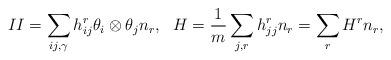
LaTeX: \begin{align*}II=\sum_{ij,\gamma}h^{r}_{ij}\theta_i\otimes\theta_jn_{r},~~H=\frac{1}{m}\sum_{j,r}h^{r}_{jj}n_{r}=\sum_{r}H^{r}n_{r},\end{align*}